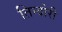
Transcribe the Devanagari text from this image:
तिन्दोरी